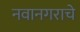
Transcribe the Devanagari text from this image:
नवानगराचे